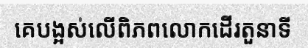
គេបង្អស់លើពិភពលោកដើរតួនាទី